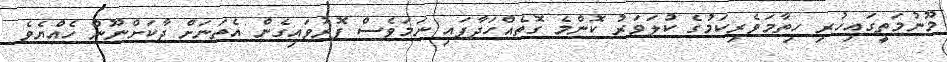
މޫނުމަތީގައިހުރި ހިތާމަވެރިކަމުގެ ކުލަވަރު ކޮންމެ ގޮތެއްހަދާފައި ނަމަވެސް ފޮރުވައިގެން އެތަނަށް ދާކަށްނޫން ހެއްޔެވެ